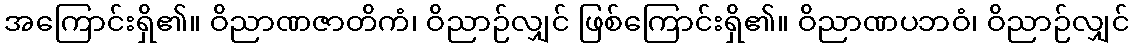
အကြောင်းရှိ၏။ ဝိညာဏဇာတိကံ၊ ဝိညာဉ်လျှင် ဖြစ်ကြောင်းရှိ၏။ ဝိညာဏပဘဝံ၊ ဝိညာဉ်လျှင်